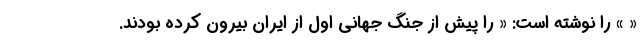
« » را نوشته است: « را پیش از جنگ جهانی اول از ایران بیرون کرده بودند.